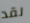
لقد